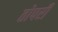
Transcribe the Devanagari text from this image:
तोपरी